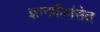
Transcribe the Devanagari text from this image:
ज्ञानमीमांसेत